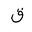
Letter: _qaf